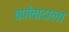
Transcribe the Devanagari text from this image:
वर्णवादाला